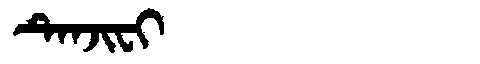
Manchu: ᡨᡝᠨᠵᡳᠸᡳ
Romanization: TENJIFI